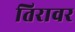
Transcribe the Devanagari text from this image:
तिरावर